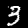
Digit: 3